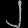
Digit: ၂